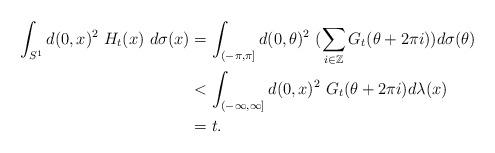
LaTeX: \begin{align*}\int_{S^1}d(0,x)^2~H_t(x)~d\sigma(x) & = \int_{(-\pi, \pi]}d(0,\theta)^2~(\sum_{i \in \mathbb{Z}} G_t(\theta + 2\pi i) )d\sigma(\theta)\\& < \int_{(-\infty, \infty]}d(0,x)^2~G_t(\theta + 2\pi i) d\lambda(x)\\& = t.\end{align*}